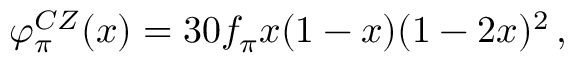
\varphi _ { \pi } ^ { C Z } ( x ) = 3 0 f _ { \pi } x ( 1 - x ) ( 1 - 2 x ) ^ { 2 } \, ,